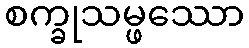
စက္ခုသမ္ဖဿော